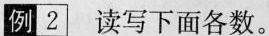
例2|读写下面各数。